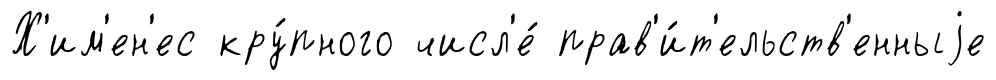
Х'им'ен'ес кру́пного числ'е́ прав'и́т'ельств'енныjе